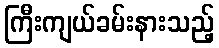
ကြီးကျယ်ခမ်းနားသည့်